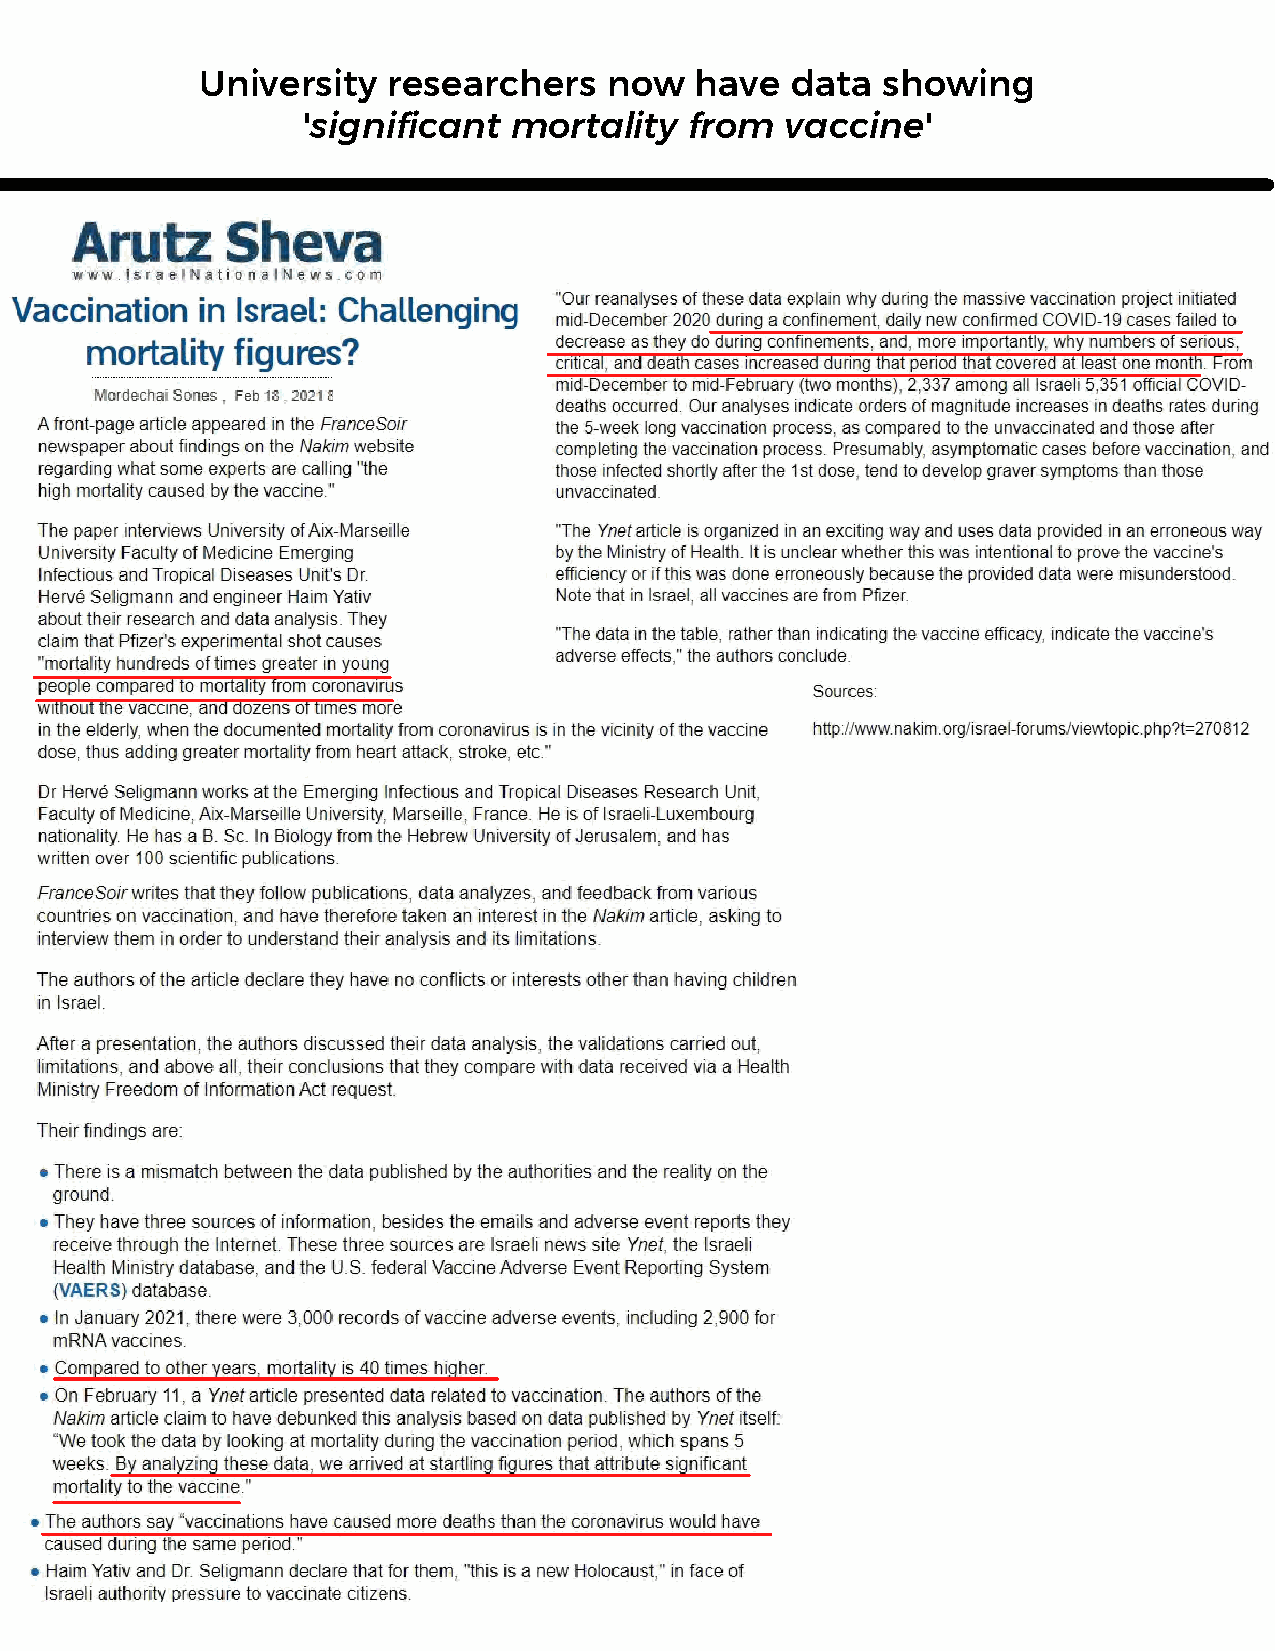
University   researchers   now   have  data  showing
 'significant  mortality   from  vaccine'